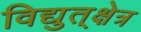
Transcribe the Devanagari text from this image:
विद्युत्‌क्षेत्र